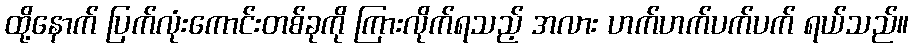
ထို့နောက် ပြက်လုံးကောင်းတစ်ခုကို ကြားလိုက်ရသည့် အလား ဟက်ဟက်ပက်ပက် ရယ်သည်။